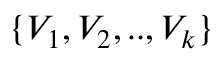
\{ V _ { 1 } , V _ { 2 } , . . , V _ { k } \}